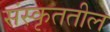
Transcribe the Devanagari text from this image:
संस्कृततील